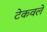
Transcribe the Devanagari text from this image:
टेकवले